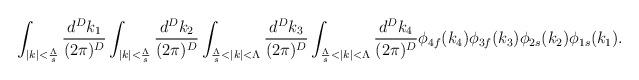
LaTeX: \begin{align*}\int_{|k|<\frac{\Lambda}{s}}\frac{d^D k_1}{(2\pi)^D}\int_{|k|<\frac{\Lambda}{s}}\frac{d^D k_2}{(2\pi)^D}\int_{\frac{\Lambda}{s}<|k|<\Lambda}\frac{d^D k_3}{(2\pi)^D}\int_{\frac{\Lambda}{s}<|k|<\Lambda}\frac{d^D k_4}{(2\pi)^D}\phi_{4f}(k_4)\phi_{3f}(k_3)\phi_{2s}(k_2)\phi_{1s}(k_1).\end{align*}